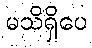
မသိရှိပေ